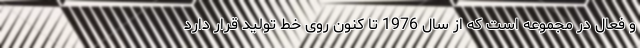
و فعال در مجموعه است که از سال 1976 تا کنون روی خط تولید قرار دارد